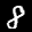
Label: 8